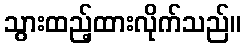
သွားထည့်ထားလိုက်သည်။